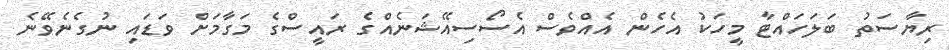
ރިޔާސަތު ބަލަހައްޓާ މީހަކު އެހެން އެއްވެސް އެސޯސިއޭޝަނެއްގެ ރައީސްގެ މަގާމަށް ވަޑައި ނުގެނެވޭނެ